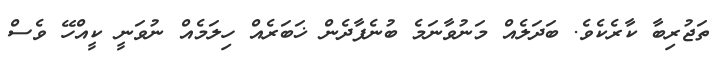
ތަޖުރިބާ ކާރެކެވެ. ބަދަލެއް މަނުވާނަމެ ބުނެފާދެން ޚަބަރެއް ހިލަމެއް ނުވަނީ ކީއްހޭ ވެސް